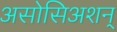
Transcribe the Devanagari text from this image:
असोसिअशन्